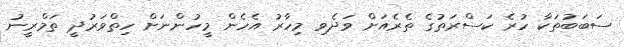
ސަބަބުތަކާ ހުރެ ކަސްރަތުގެ ތެރެއަށް ވަދެވި މިހާރު އެހެން މީހުންނަށް ހިތްވަރުދީ ތަމްރީނު